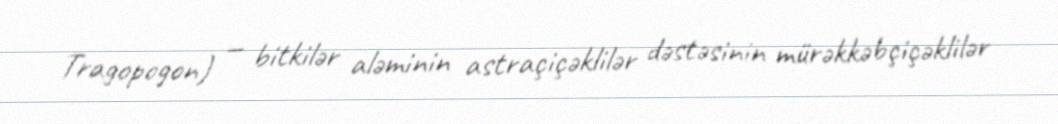
Tragopogon) — bitkilər aləminin astraçiçəklilər dəstəsinin mürəkkəbçiçəklilər